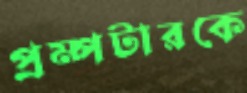
প্রম্পটারকে